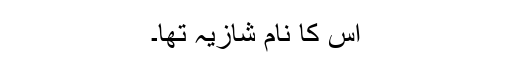
اس کا نام شازیہ تھا۔